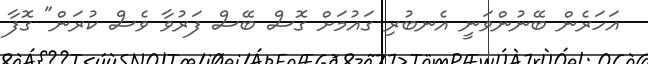
އަހަރެން ބޭނުންވަނީ އެނބުރި ގައުމަށް ގޮސް ބޭސް ފަރުވާ ވެސް ކުރަން" ގޮފާ